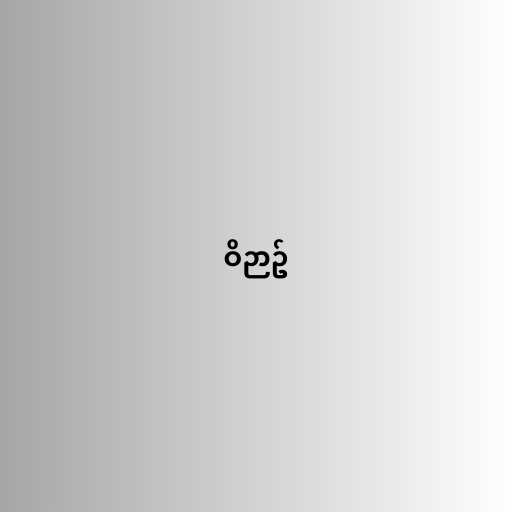
ဝိဉာဥ်